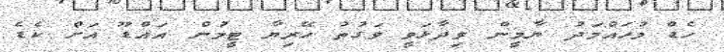
ހެޑް މުހައްމަދު ޔާމީން ވިދާޅަވީ ވަގުތު ހޭރިޔާ ޓީމުން އައްޑޫ އަށް ކެޑެ